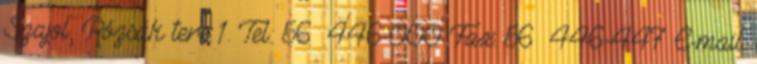
Szajol, Rózsák tere 1. Tel.: 56 446-000 Fax: 56 446-447 E-mail: